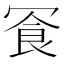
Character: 𪞓